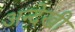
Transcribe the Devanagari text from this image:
अन्देखी